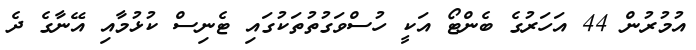
އުމުރުން 44 އަހަރުގެ ބެންޓޯ އަކީ ހުސްވަގުތުތަކުގައި ޓެނިސް ކުޅުމާއި އޭނާގެ ދެ